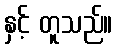
နှင့် တူသည်။